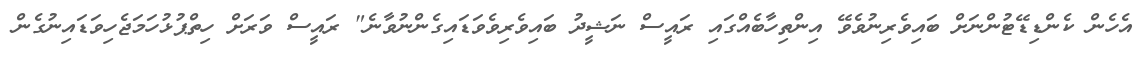
އެހެން ކެންޑިޑޭޓުންނަށް ބައިވެރިނުވެވޭ އިންތިހާބެއްގައި ރައީސް ނަޝީދު ބައިވެރިވެވަޑައިގެންނުވާނެ" ރައީސް ވަރަށް ހިތްޕުޅުހަމަޖެހިވަޑައިނުގެން